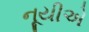
નૂયીએ